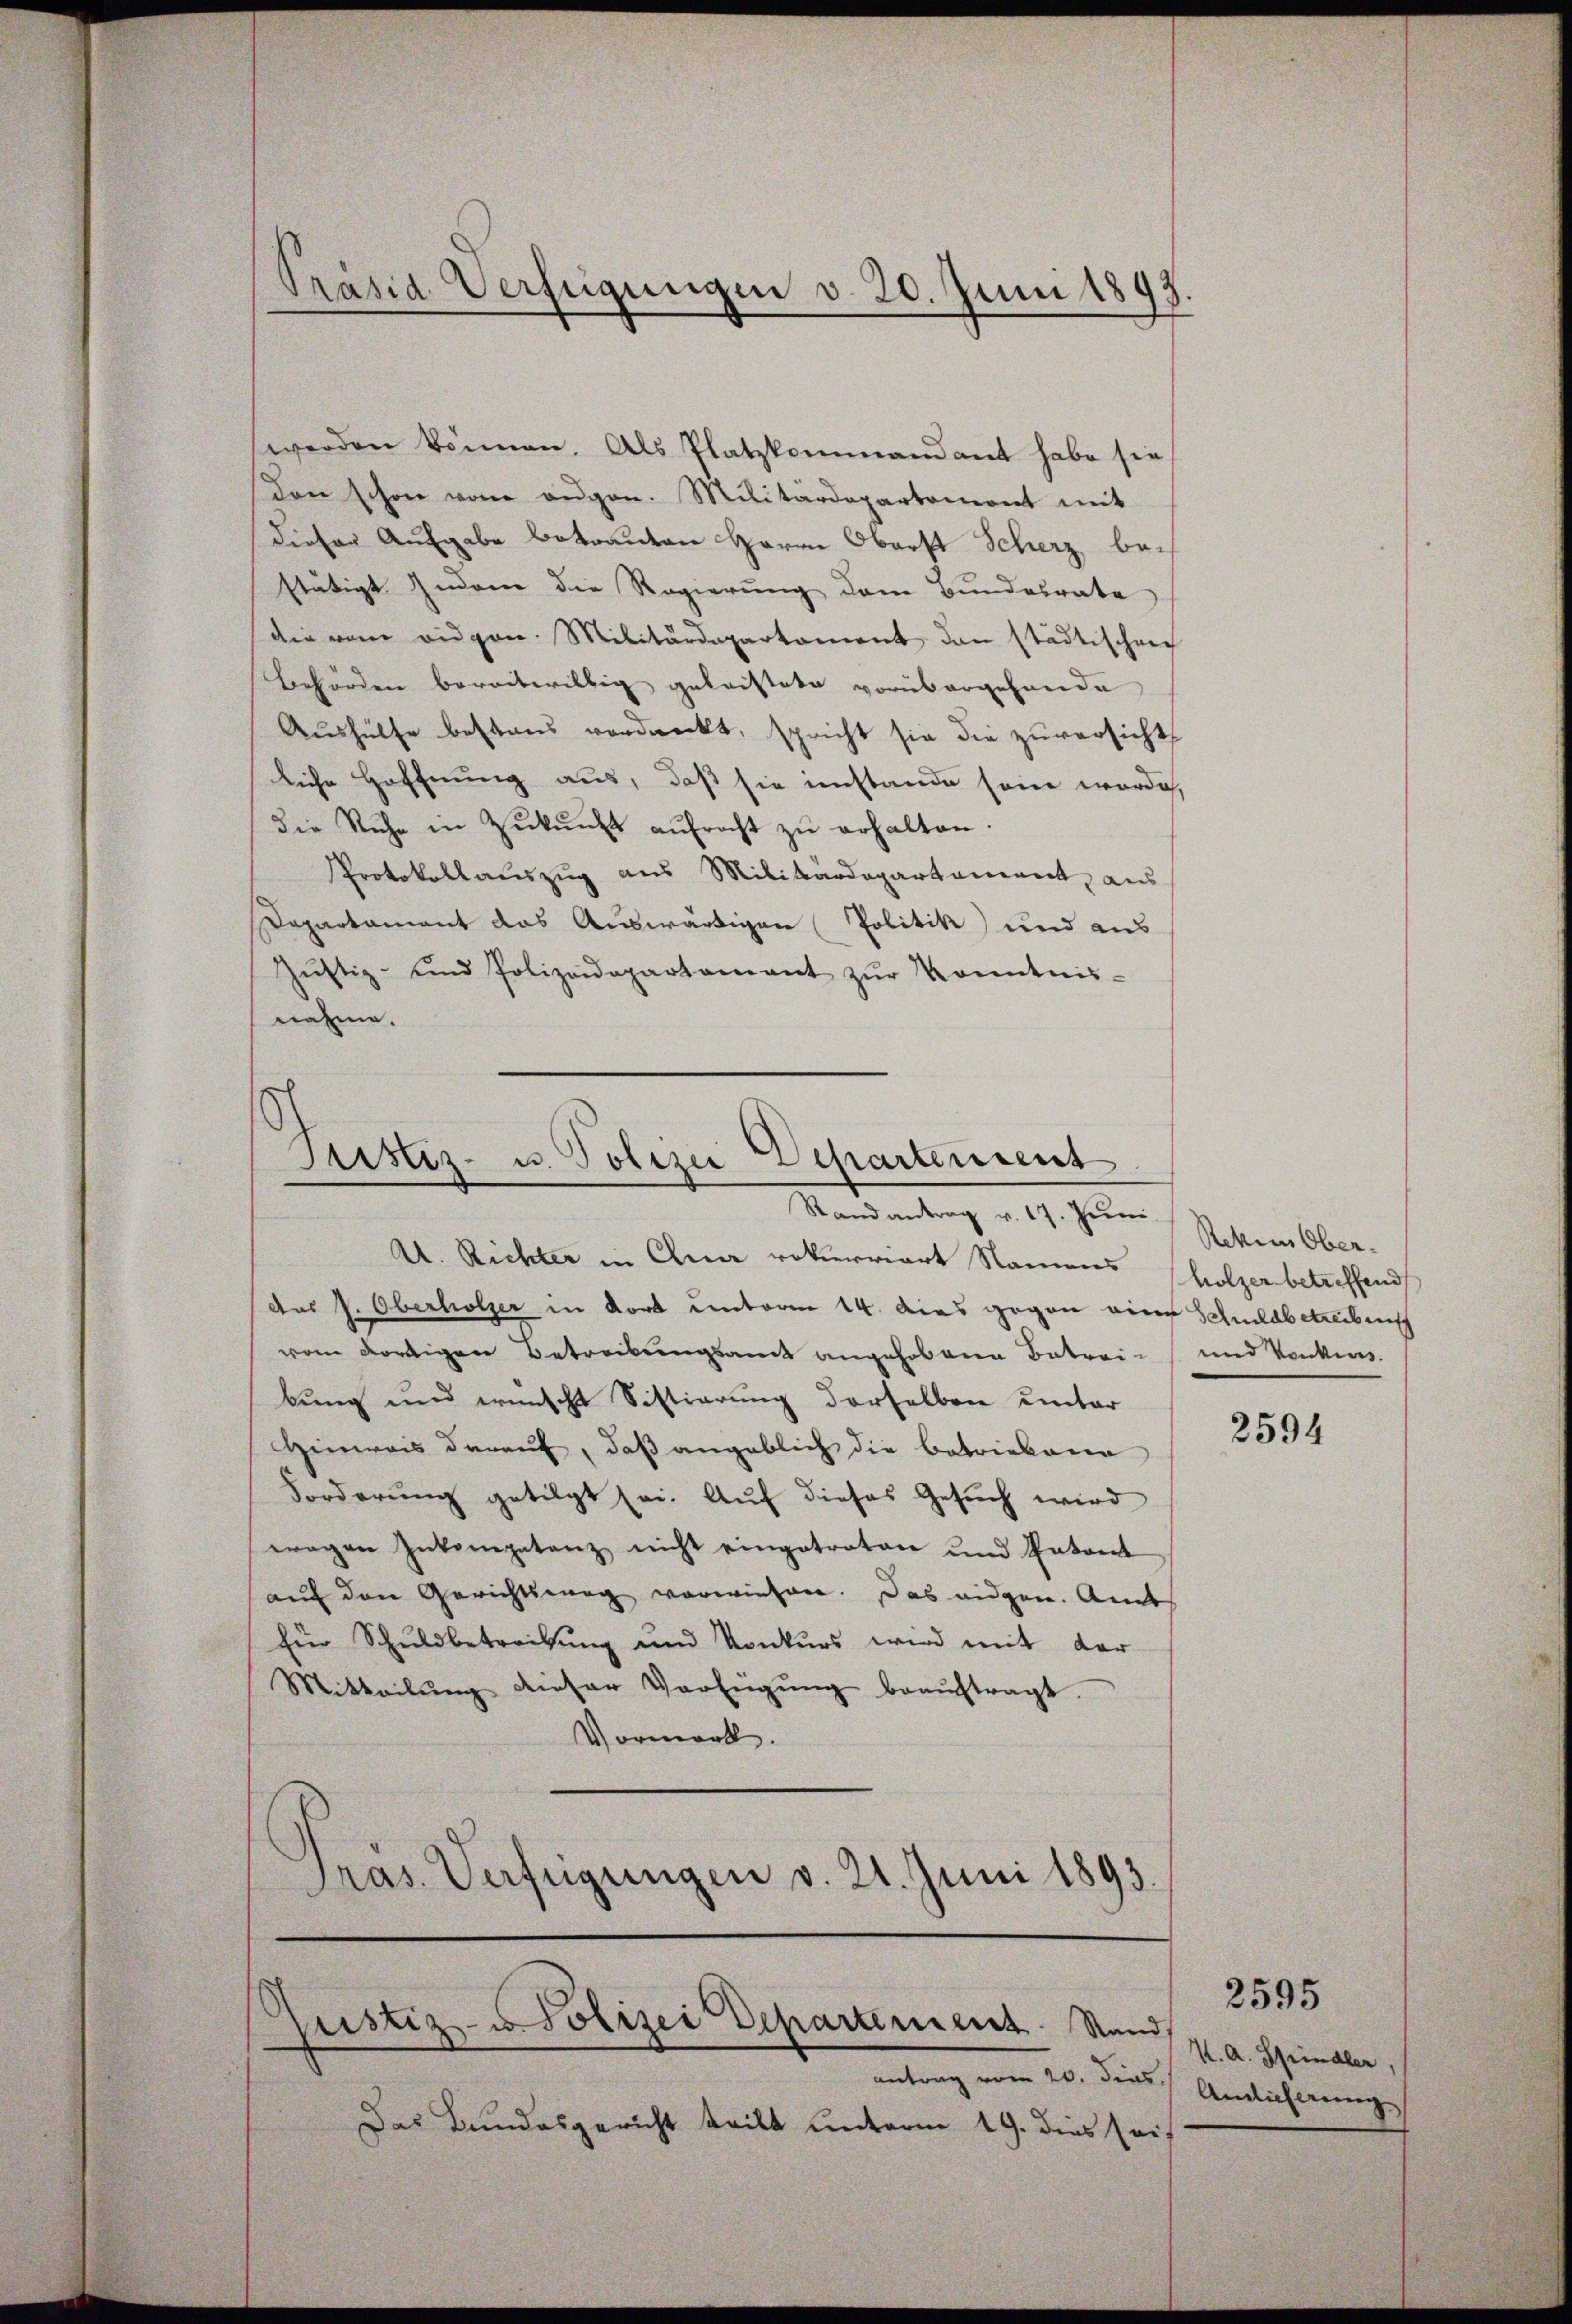
s
Präsid. Verfügungen v. 20. Juni 1893.

werden können. Als Platzkommandant habe sie
den schon vom angen. Militärdepartemont mit
Dieser Aufgabe betrauten Herrn Oberst Scherz bestätigt Indone die Regierung dem Bundesrate
die vom eidgen. Militärdepartament dan städtischen
Behörden barretwillig geleistete vorübergehende
Aushülfe bestand vordreckt, spricht sie die zuversicht,
liche Hoffnung aus, daß sie imstande sein würde,
die Ruhe in Zŭkŭnft aŭfracht zŭ erhalten.
Protokollauszug aus Militärdepartement, aus
Dapartament das Auswärtigen Politik und aus
Zŭstiz- und Polizeidepartamant zŭr Kenntnis-
nahme.

Justiz- u. Polizei Departement
Stand antrag v. 17. Juni.

A. Richter in Ana rekurriert Namens
das P. Oberholzer in dort unterm 14. dies gegen eine Schuldbetreibens
vom dortigen Betreckungsamt angehobene Betreibung und wünscht Sistiarung derselben unter
Hinweis darauf, daß angeblich die betriebene
Forderŭng getilgt sei. Aŭf dieses Gesŭch wird
wagen Inkompetenz nicht eingetraten und Entant
auf den Gerichtsweg vorwiesen. Das eidgen. Amt
für Schuldbetreitung und Konkurs wird mit der
Mitteilŭng dieser Verfügŭng beaŭftragt.
Vormerk.
ras. Verfügungen v. 21. Juni 1893.

antrag vom 20. dies
Das Bundesgericht tritt unterm 19. dies sei,

justiz- u. Polizei Departeniert. Stand,

Rehen Ober
holzer betreffend
und Konkurs.

2594

2595
K. A. Spindler,
Anlicherung